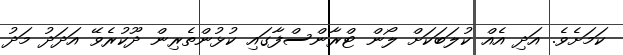
ކަމަށެވެ. އަދި އެއް ކުލަބަކަށް ލޯން ޓްރާންސްފާގައި ކުޅުންތެރިން ދޫކުރެވޭ އަދަދު މަދު